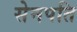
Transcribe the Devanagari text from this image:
सेनपति